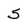
Character: 5